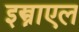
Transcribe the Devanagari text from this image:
इस्त्राएल